Document type: Sale
Year: 1499
Scribe: Joan Martínez de Sòria
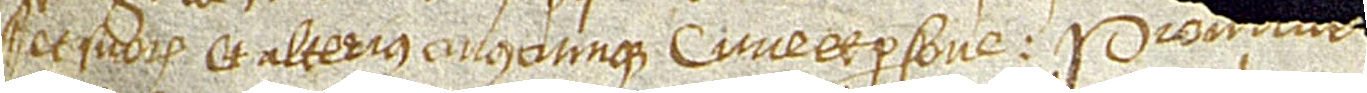
et suorum et alteius cuiuscumque curie et persone. Pro[mittens vobis d]